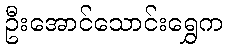
ဦးအောင်သောင်းရွှေက